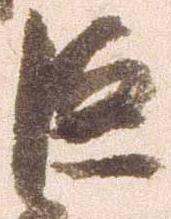
巨